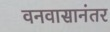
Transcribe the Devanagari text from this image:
वनवासानंतर